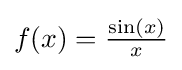
f(x)={\tfrac {\sin(x)}{x}}